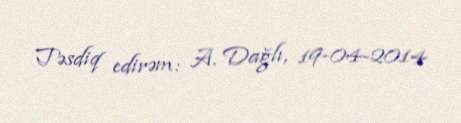
Təsdiq edirəm: A. Dağlı, 19-04-2014